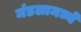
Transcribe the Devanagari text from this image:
मंडलामध्ये